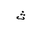
Letter: _tha